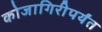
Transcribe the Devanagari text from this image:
कोजागिरीपर्यंत